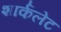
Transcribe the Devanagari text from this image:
शार्कलेट